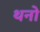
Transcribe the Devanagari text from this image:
थनो